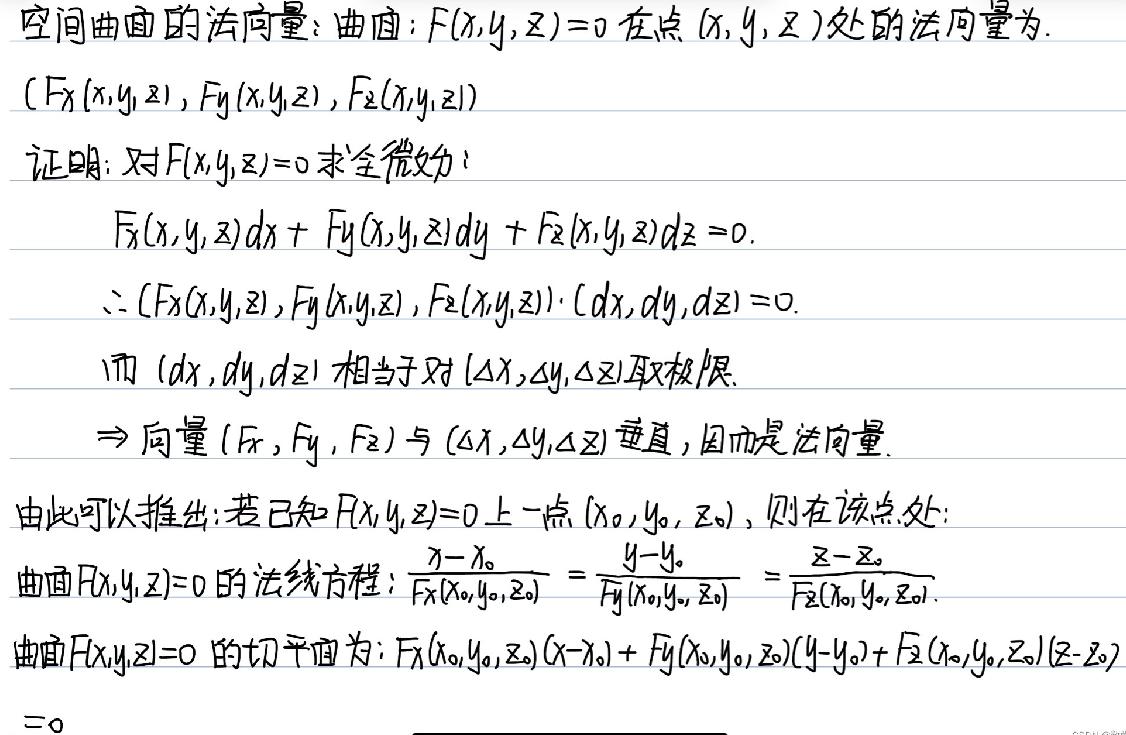
空间曲面的法向量：曲面：$F(x,y,z)=0$ 在点 $(x,y,z)$ 处的法向量为.
$(F_x(x,y,z),F_y(x,y,z),F_z(x,y,z))$
证明：对 $F(x,y,z)=0$ 求全微分：
$F_x(x,y,z)dx + F_y(x,y,z)dy + F_z(x,y,z)dz = 0.$
$\therefore (F_x(x,y,z),F_y(x,y,z),F_z(x,y,z))\cdot (dx,dy,dz) = 0.$
而 $(dx,dy,dz)$ 相当于对 $(\Delta x,\Delta y,\Delta z)$ 取极限.
$\Rightarrow$ 向量 $(F_x,F_y,F_z)$ 与 $(\Delta x,\Delta y,\Delta z)$ 垂直，因而是法向量.
由此可以推出：若已知 $F(x,y,z)=0$ 上一点 $(x_0,y_0,z_0)$，则在该点处：
曲面 $F(x,y,z)=0$ 的法线方程：$\frac{x - x_0}{F_x(x_0,y_0,z_0)} = \frac{y - y_0}{F_y(x_0,y_0,z_0)} = \frac{z - z_0}{F_z(x_0,y_0,z_0)}.$
曲面 $F(x,y,z)=0$ 的切平面为：$F_x(x_0,y_0,z_0)(x - x_0) + F_y(x_0,y_0,z_0)(y - y_0) + F_z(x_0,y_0,z_0)(z - z_0) = 0$